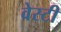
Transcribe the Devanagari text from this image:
वेस्टी